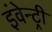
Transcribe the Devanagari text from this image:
इंवेन्ट्री